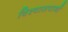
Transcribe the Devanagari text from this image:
विश्वासपार्थी